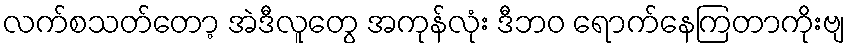
လက်စသတ်တော့ အဲဒီလူတွေ အကုန်လုံး ဒီဘဝ ရောက်နေကြတာကိုးဗျ